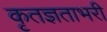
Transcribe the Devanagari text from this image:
कृतज्ञताभरी